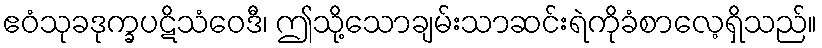
ဧဝံသုခဒုက္ခပဋိသံဝေဒီ၊ ဤသို့သောချမ်းသာဆင်းရဲကိုခံစာလေ့ရှိသည်။